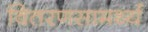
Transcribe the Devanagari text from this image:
वितरणसामर्थ्य